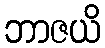
ဘာဇယိ